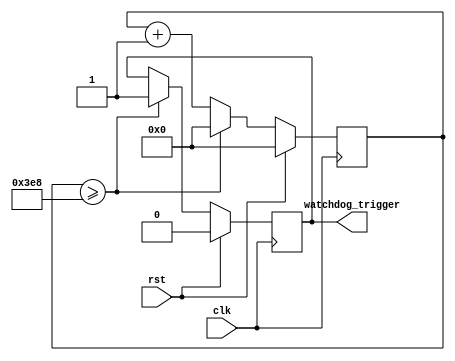
module Watchdog_timer (
    input wire clk,
    input wire rst,
    output reg watchdog_trigger
);

parameter THRESHOLD = 1000; // Define the threshold value
reg [31:0] counter; // Define a 32-bit counter

always @(posedge clk) begin
    if (rst) begin
        counter <= 0;
        watchdog_trigger <= 0;
    end else begin
        counter <= counter + 1;
        if (counter >= THRESHOLD) begin
            watchdog_trigger <= 1;
            counter <= 0;
        end
    end
end

endmodule